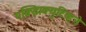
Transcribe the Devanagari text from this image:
एक्झिक्युटिव्हने